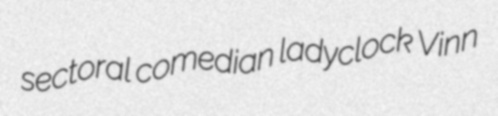
sectoral comedian ladyclock Vinn